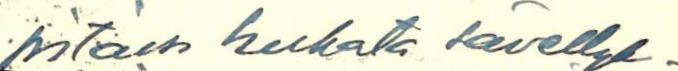
pitäisi hukata sävellyk-